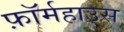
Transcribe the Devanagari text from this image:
फ़ॉर्महाउस